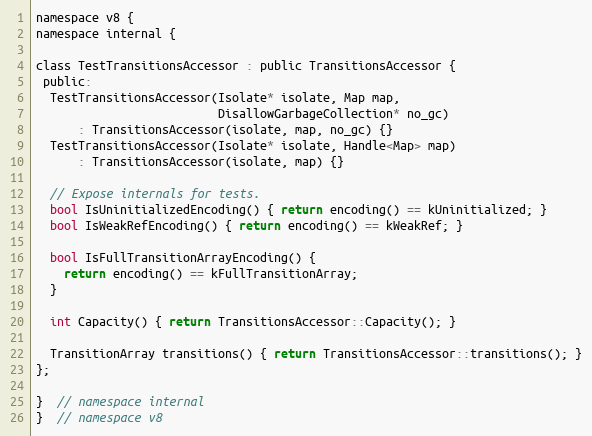
Language: C
namespace v8 {
namespace internal {

class TestTransitionsAccessor : public TransitionsAccessor {
 public:
  TestTransitionsAccessor(Isolate* isolate, Map map,
                          DisallowGarbageCollection* no_gc)
      : TransitionsAccessor(isolate, map, no_gc) {}
  TestTransitionsAccessor(Isolate* isolate, Handle<Map> map)
      : TransitionsAccessor(isolate, map) {}

  // Expose internals for tests.
  bool IsUninitializedEncoding() { return encoding() == kUninitialized; }
  bool IsWeakRefEncoding() { return encoding() == kWeakRef; }

  bool IsFullTransitionArrayEncoding() {
    return encoding() == kFullTransitionArray;
  }

  int Capacity() { return TransitionsAccessor::Capacity(); }

  TransitionArray transitions() { return TransitionsAccessor::transitions(); }
};

}  // namespace internal
}  // namespace v8